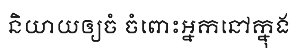
និយាយឲ្យចំ ចំពោះអ្នកនៅក្នុង